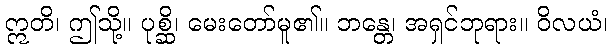
ဣတိ၊ ဤသို့။ ပုစ္ဆိ၊ မေးတော်မူ၏။ ဘန္တေ၊ အရှင်ဘုရား။ ဝိလယံ၊